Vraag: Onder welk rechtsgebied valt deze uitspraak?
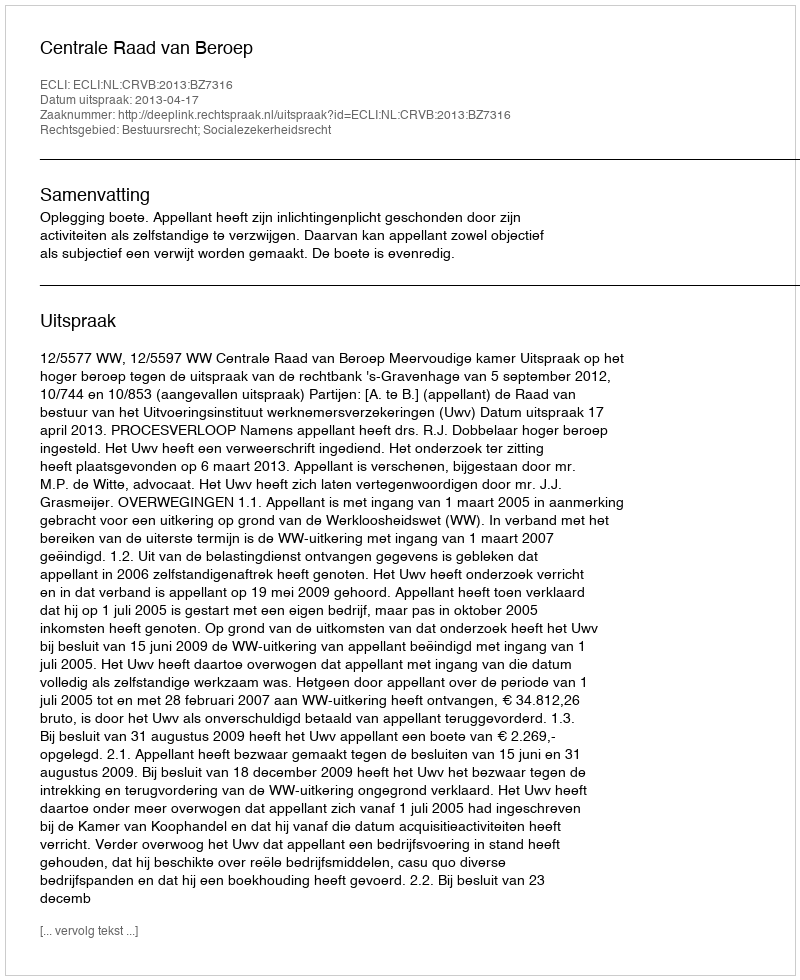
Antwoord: Bestuursrecht; Socialezekerheidsrecht